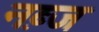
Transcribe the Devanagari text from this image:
नब़्ज